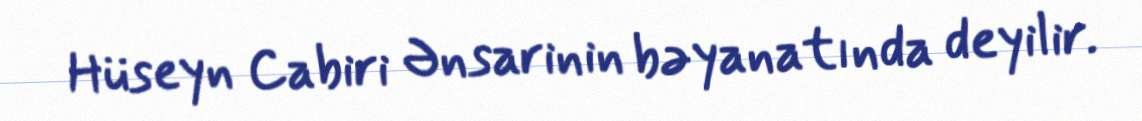
Hüseyn Cabiri Ənsarinin bəyanatında deyilir.